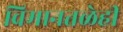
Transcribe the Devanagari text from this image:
विमानतळेही